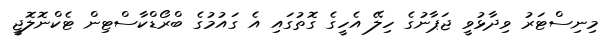
މިނިސްޓަރު ވިދާޅުވީ ޖަޕާނުގެ ހިލޭ އެހީގެ ގޮތުގައި އެ ގައުމުގެ ބްރޯޑްކާސްޓިން ޓެކްނޮލޮޖީ